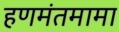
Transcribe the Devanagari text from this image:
हणमंतमामा